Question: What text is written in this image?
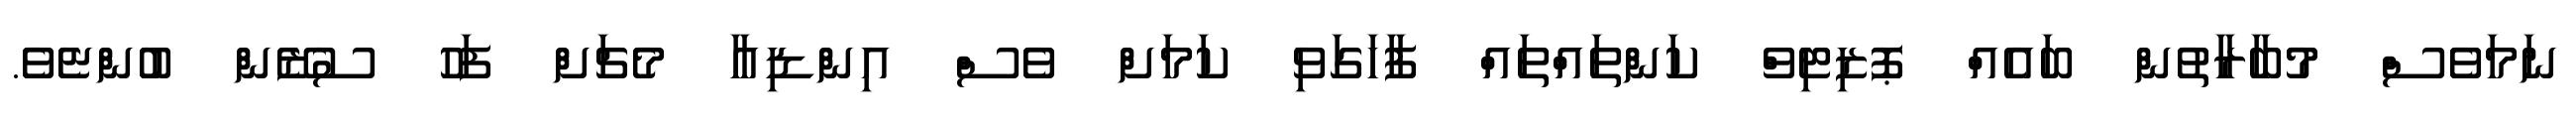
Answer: ނަމަވެސް މުބާރާތުން ބައެއް ޕޮޒިޓިވް ކަންތައްތައް ފާހަގަވި ކަމަށް ވެސް އިންޑިއާ މެޗަށް ފަހު ސުޒޭން ބުންޏެވެ.